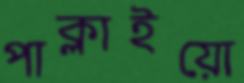
পাক্‌লাইয়ো